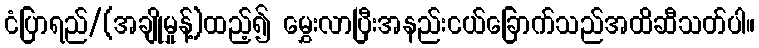
ငံပြာရည်/(အချိုမှုန့်)ထည့်၍ မွှေးလာပြီးအနည်းငယ်ခြောက်သည်အထိဆီသတ်ပါ။